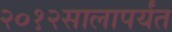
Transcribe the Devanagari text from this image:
२०१२सालापर्यंत